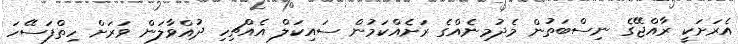
އެރަށަކީ ރާއްޖޭގެ ނިސްބަތުން މެދުމިނެއްގެ ރަށެއްކަމުން ސައިކަލް އެއްޗިހި ދުއްވާލަން ވަރަށް ހިތްފަސޭހަ